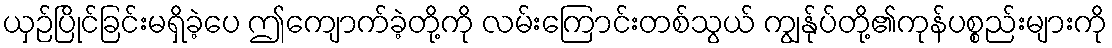
ယှဉ်ပြိုင်ခြင်းမရှိခဲ့ပေ ဤကျောက်ခဲ့တို့ကို လမ်းကြောင်းတစ်သွယ် ကျွန်ုပ်တို့၏ကုန်ပစ္စည်းများကို